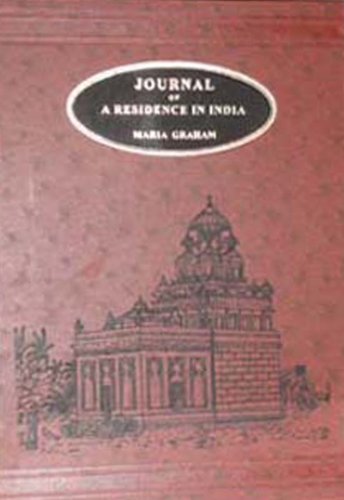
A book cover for Journal of a Residence in India; Maria Graham; Travel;